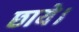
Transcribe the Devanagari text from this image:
छाये।